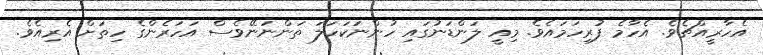
އެހާރީއްޗެވެ. އެހާމެ ފުރިހަމައެވެ. މިއީ ލަންޑަނުގައި ހުންނަކަހަލަ ތަންނަނޭވެސް އަހަރެންގެ ހިތަށް އެރިއެވެ.